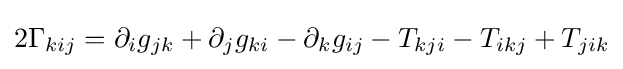
2\Gamma _{kij}=\partial _{i}g_{jk}+\partial _{j}g_{ki}-\partial _{k}g_{ij}-T_{kji}-T_{ikj}+T_{jik}